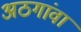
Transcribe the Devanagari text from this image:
अठगांवा